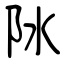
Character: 阥